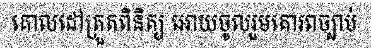
គោលដៅត្រួតពិនិត្យ អោយចូលរួមគោរពច្បាប់